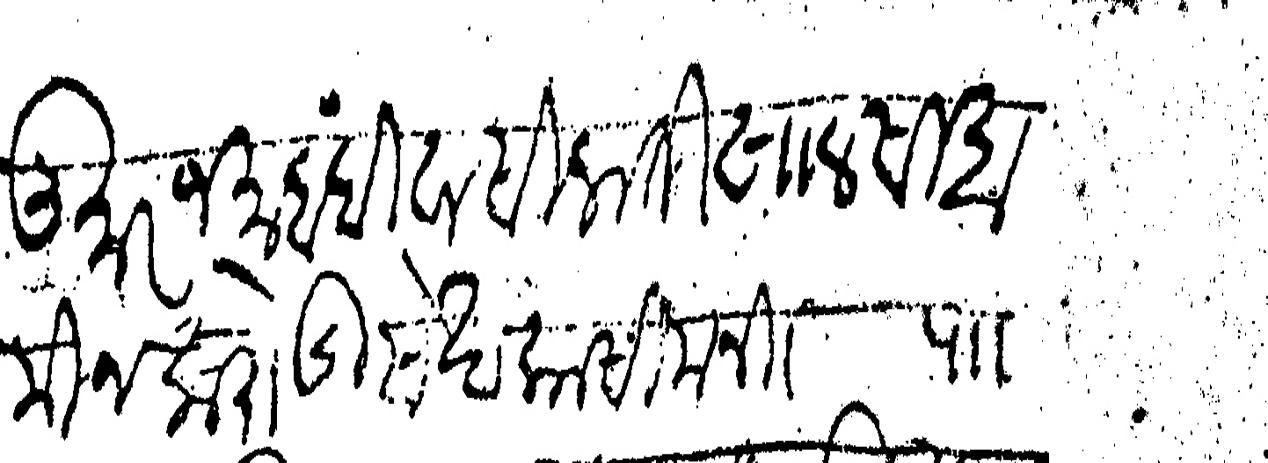
Transliteration (Devanagari): तुमार जमाबंदी वासिलाती खालसा अमीन करोडी सेख कासिम नि पा